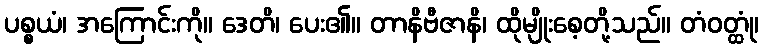
ပစ္စယံ၊ အကြောင်းကို။ ဒေတိ၊ ပေး၏။ တာနိဗီဇာနိ၊ ထိုမျိုးစေ့တို့သည်။ တံဝတ္ထုံ၊